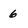
Character: 6